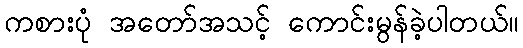
ကစားပုံ အတော်အသင့် ကောင်းမွန်ခဲ့ပါတယ်။